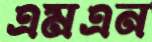
এমএন